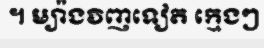
។ ម្យ៉ាងវិញទៀត ក្មេងៗ